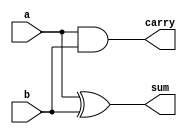
// ROUNAK MODI & VEENA NAGAR
//17CO236 & 17C0151
//15 october 2018
module halfadder(a,b,sum,carry);
input a,b;
output sum,carry;
assign sum=a^b;
assign carry=a&b;
endmodule